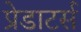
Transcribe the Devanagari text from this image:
प्रेडाटर्स